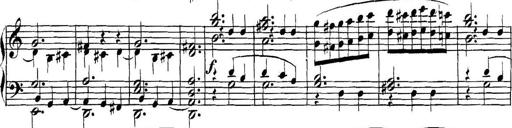
Title: Collected Piano Sonatas
Composer: Muzio Clementi